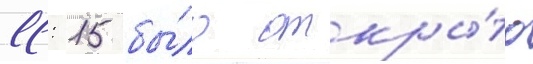
11: 15 бы́ло откры́то